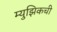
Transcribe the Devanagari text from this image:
म्युझिकची